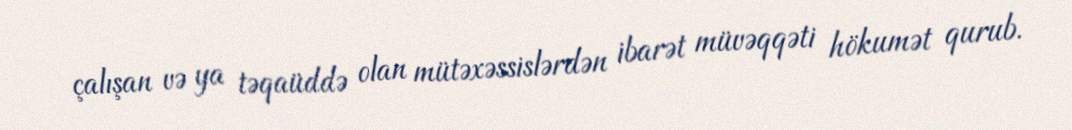
çalışan və ya təqaüddə olan mütəxəssislərdən ibarət müvəqqəti hökumət qurub.